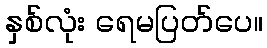
နှစ်လုံး ရေမပြတ်ပေ။